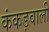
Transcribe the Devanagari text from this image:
कंकड़वाली